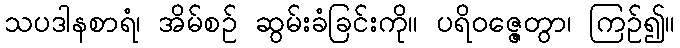
သပဒါနစာရံ၊ အိမ်စဉ် ဆွမ်းခံခြင်းကို။ ပရိဝဇ္ဇေတွာ၊ ကြဉ်၍။